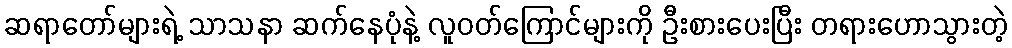
ဆရာတော်များရဲ့ သာသနာ ဆက်နေပုံနဲ့ လူဝတ်ကြောင်များကို ဦးစားပေးပြီး တရားဟောသွားတဲ့